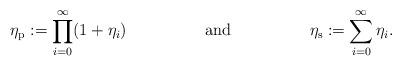
LaTeX: \begin{align*}\eta_{\mathrm{p}} := \prod_{i=0}^\infty (1+\eta_i) && \mathrm{and} && \eta_{\mathrm{s}} := \sum_{i=0}^\infty \eta_i.\end{align*}